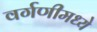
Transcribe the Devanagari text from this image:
वर्गणीमध्ये